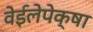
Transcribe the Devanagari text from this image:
वेईलेपेक्षा